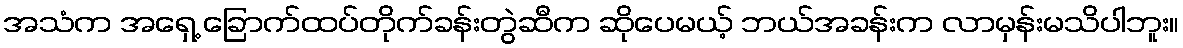
အသံက အရှေ့ ခြောက်ထပ်တိုက်ခန်းတွဲဆီက ဆိုပေမယ့် ဘယ်အခန်းက လာမှန်းမသိပါဘူး။